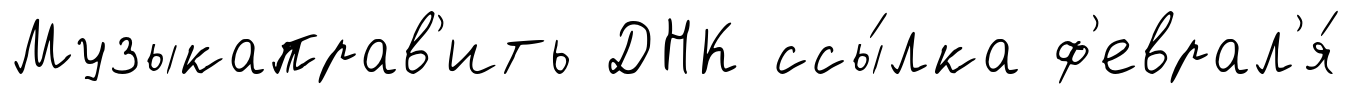
Музыкаправ'ить ДНК ссы́лка ф'еврал'я́